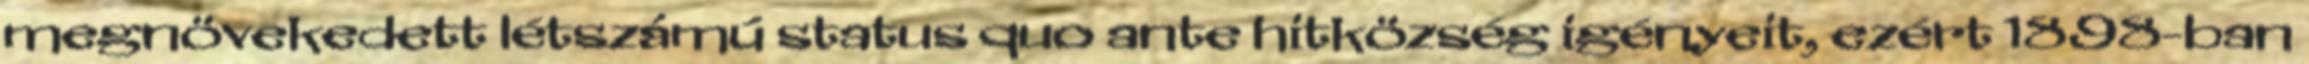
megnövekedett létszámú status quo ante hitközség igényeit, ezért 1898-ban